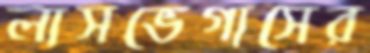
লাসভেগাসের